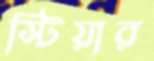
স্টিয়ার